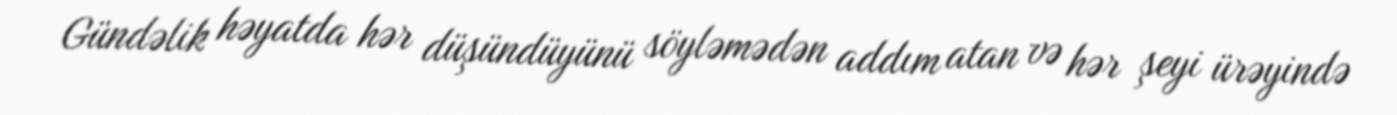
Gündəlik həyatda hər düşündüyünü söyləmədən addım atan və hər şeyi ürəyində